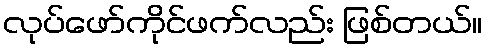
လုပ်ဖော်ကိုင်ဖက်လည်း ဖြစ်တယ်။